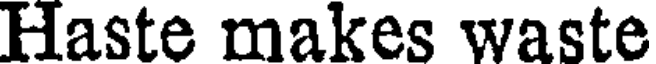
Haste makes waste